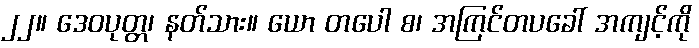
၂၂။ ဒေဝပုတ္တ၊ နတ်သား။ ယော တပေါ စ၊ အကြင်တပခေါ် အကျင့်ကို